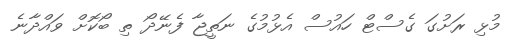
މުޅި ރަށުގަ ގެސްޓް ހައުސް އެޅުމުގެ ނަތީޖާ ފެނޭދޯ ތި ބޯކޮށް ވައްދާނެ